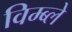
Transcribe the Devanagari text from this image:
विम्ब्ले